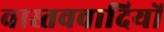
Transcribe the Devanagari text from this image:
वास्तववादियों